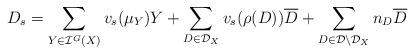
LaTeX: \begin{align*}D_s=\sum_{Y\in \mathcal{I}^G(X)} v_s(\mu_Y) Y + \sum_{D\in \mathcal{D}_X} v_s(\rho(D)) \overline{D} +\sum_{D\in \mathcal{D}\setminus \mathcal{D}_X}n_D \overline{D}\end{align*}